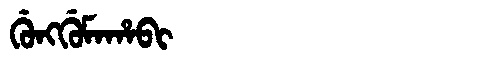
Manchu: ᡤᡠᠩᡤᡠᠮᠠᡥᠠᠪᡳ
Romanization: GUNGGUMAHABI